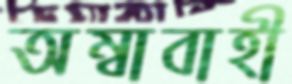
অম্বাবাহী